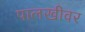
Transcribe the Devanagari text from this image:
पालखीवर